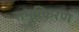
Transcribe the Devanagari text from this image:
समुत्किरण